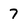
Character: 7